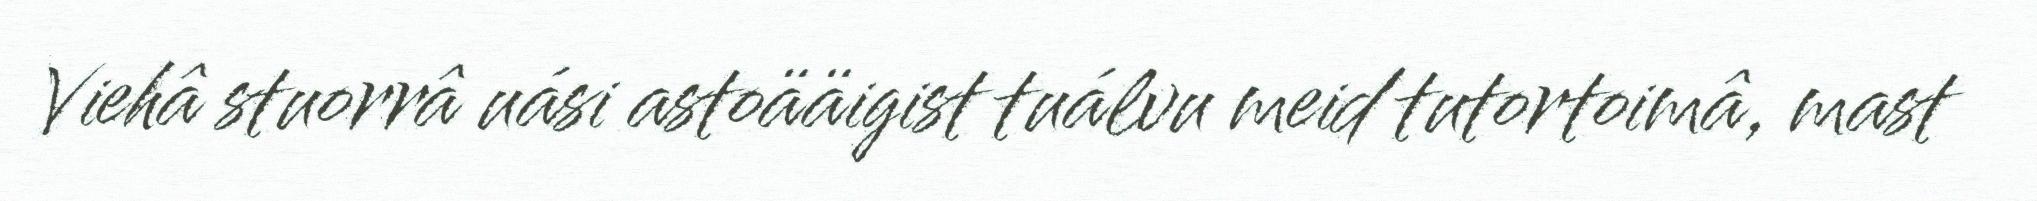
Viehâ stuorrâ uási astoääigist tuálvu meid tutortoimâ, mast